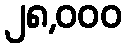
၂၈,၀၀၀